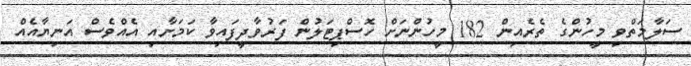
ސަލާމަތްވި މީހުންގެ ތެރެއިން 182 މީހުންނަށް ހޮސްޕިޓަލުން ފަރުވާދީފައިވާ ކަމަށާއި އެއްވެސް އަނިޔާއެއް